Annual vaccination report of Bihar and Orissa - 1911-1928
Year: 1911
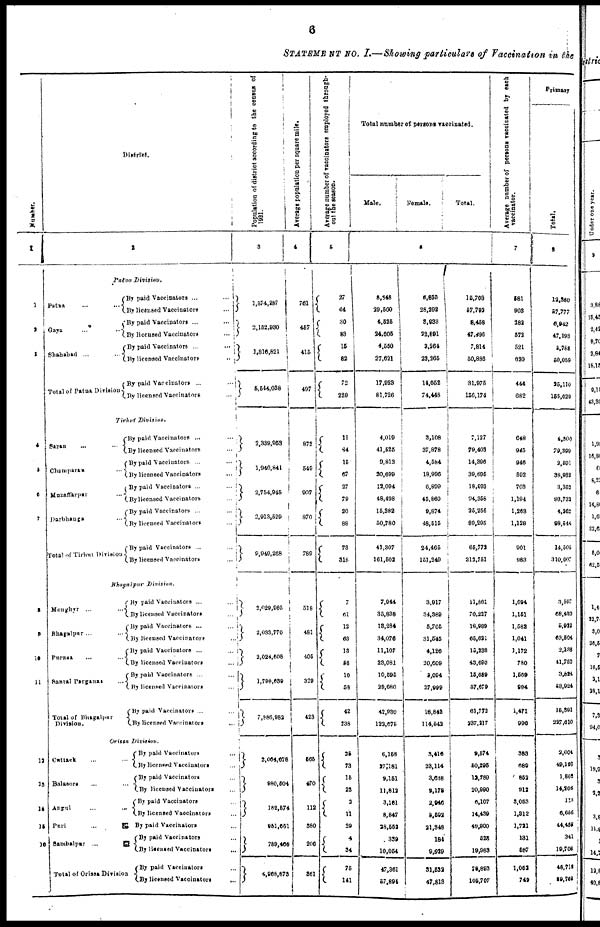
6
STATEMENT No. I.—Showing particulars of Vaccination in the
Number.
1
1
2
3
4
5
6
7
8
9
10
11
12
13
14
15
16
District.
2
Patna
Divisin.
Patna ... ...
Gaya ... ...
Shahabad ... ...
Total of Patna Division
By paid Vaccinators ...
...
By licensed Vaccinators ...
By paid Vaccinators ... ...
By licensed Vaccinators ...
By paid Vaccinators ...
...
By licensed Vaccinators
...
By paid Vaccinators ... ...
By licensed Vaccinators ...
Tirhut
Division.
Saran ... ...
Champaran ...
Muzaffarpur ...
Darbhanga ...
Total of Tirhat Division
By paid Vaccinators ... ...
By licensed Vaccinators ...
By paid Vaccinators ... ...
By licensed Vaccinators ...
By paid Vaccinators ... ...
By licensed Vaccinators ...
By paid Vaccinators ... ...
By licensed Vaccinators ...
By paid Vaccinators ... ...
By licensed Vaccinators ...
Bhagalpur
Division.
Monghyr ... ...
Bhagalpur ... ...
Purnea ... ...
Santal Parganas ...
Total of Bhagalpur
Division.
By paid Vaccinators ... ...
By licensed Vaccinators ...
By paid Vaccinators ... ...
By licensed Vaccinators ...
By paid Vaccinators ... ...
By licensed Vaccinators ...
By paid Vaccinators ... ...
By licensed Vaccinators ...
By paid Vaccinators ... ...
By licensed Vaccinators ...
Orissa Division.
Cuttack ... ...
Balasore ... ...
Angul ... ...
Puri
...
...
Sambalpur
...
...
Total of Orissa Division
By paid Vaccinators ...
By licensed Vaccinators ...
By paid Vaccinators ...
By licensed Vaccinators ...
By paid Vaccinators ...
By licensed Vaccinators ...
By paid Vaccinators ...
By paid Vaccinators ...
By licensed Vaccinators ...
By paid Vaccinatons ...
By licensed Vaccinators ...
Population of district according to the census of
1921.
3
1,574,287
2,152,930
3,816,821
5,544,038
2,339,953
1,940,841
2,754,945
2,913,529
9,949,288
2,029,965
2,033,770
2,024,608
1,798,639
7,886,982
2,064,678
980,504
182,574
951,051
789,466
4,968,873
Average population per square mile.
4
761
457
415
497
872
549
907
870
789
518
481
405
329
423
565
470
112
380
206
361
Average number of vaccinators employed through-
out the season.
5
27
64
30
83
15
82
72
229
11
84
15
67
27
79
20
88
73
318
7
61
12
63
13
56
10
58
42
238
35
73
15
23
3
11
29
4
34
75
141
Total number of persons vaccinated.
Male.
Female.
Total.
6
8,848
29,500
4,525
24,605
4,550
27,621
17,928
81,726
4,019
41,525
9,812
20,699
12,094
48,498
15,382
50,780
41,307
161,502
7,944
35,838
13,284
34,076
11,107
23,081
10,595
29,680
42,930
122,575
6,158
27,181
9,151
11,812
3,161
8,847
28,552
339
10,054
47,361
57,894
6,850
28,292
3,933j
22,891
3,264
23,265
14,052
74,448
3,108
37,878
4,584
18,996
6,899
45,860
9,874
48,515
24,465
151,249
3,917
34,389
5,705
31,545
4,126
20,609
5,094
27,999
18,842
114,542
3,416
23,114
3,638
9,178
2,946
5,592
21,348
184
9,929
31,532
47,813
15,703
57,792
8,458
47,496
7,814
50,886
31,975
156,174
7,127
79,403
14,396
39,695
18,993
94,358
25,256
99,295
65,772
312,751
11,861
70,227
18,989
65,621
15,238
43,690
15,689
57,679
61,772
237,217
9,574
50,395
12,789
20,990
6,107
14,489
49,900
523
19,963
76,893
105,707
Average number of persona vaccinated by each
vaccinator.
7
581
903
282
572
521
620
444
682
648
945
946
592
703
1,194
1,263
1,128
901
983
1,694
1,151
1,582
1,041
1,172
780
1,569
994
1,471
996
383
689
852
912
3,053
1,312
1,721
181
587
1,052
749
Primary
Total.
8
12,360
57,777
6,942
47,193
5,788
50,059
25,110
155,029
4,300
79,399
2,591
33,932
3,352
93,732
4,262
98,544
14,505
310,607
3,507
68,430
5,912
63,504
2,138
41,753
3,024
58,924
15,591
227,619
2,004
49,198
1,802
14,206
113
6,656
44,458
341
19,706
48,716
99,756